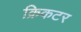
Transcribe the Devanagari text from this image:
क्रिकटर